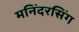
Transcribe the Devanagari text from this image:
मनिंदरसिंग